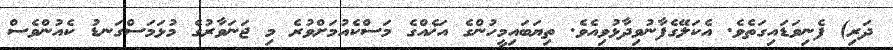
ދަރި) ފެނިވަޑައިގަތެވެ. އެކަލޭގެފާނުވިދާޅުވިއެވެ. ތިޔަބައިމީހުންގެ އަޚެއްގެ މަސްކެއުމަށްވުރެ މި ޖަނަވާރުގެ މުޅަމަސްގަނޑު ކެއުންވެސް